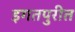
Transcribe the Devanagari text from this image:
इगतपुरीत